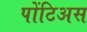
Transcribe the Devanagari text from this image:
पोंटिअस